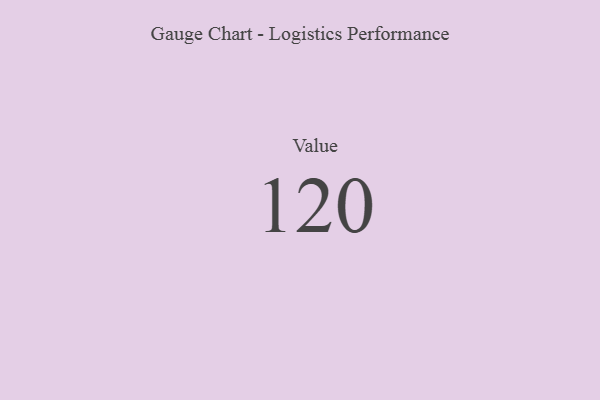
{"axis": {"x": "Metric", "y": "Value"}, "legend": [""], "data": [{"x": "Value", "y": 120, "type": ""}]}